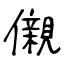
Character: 儭